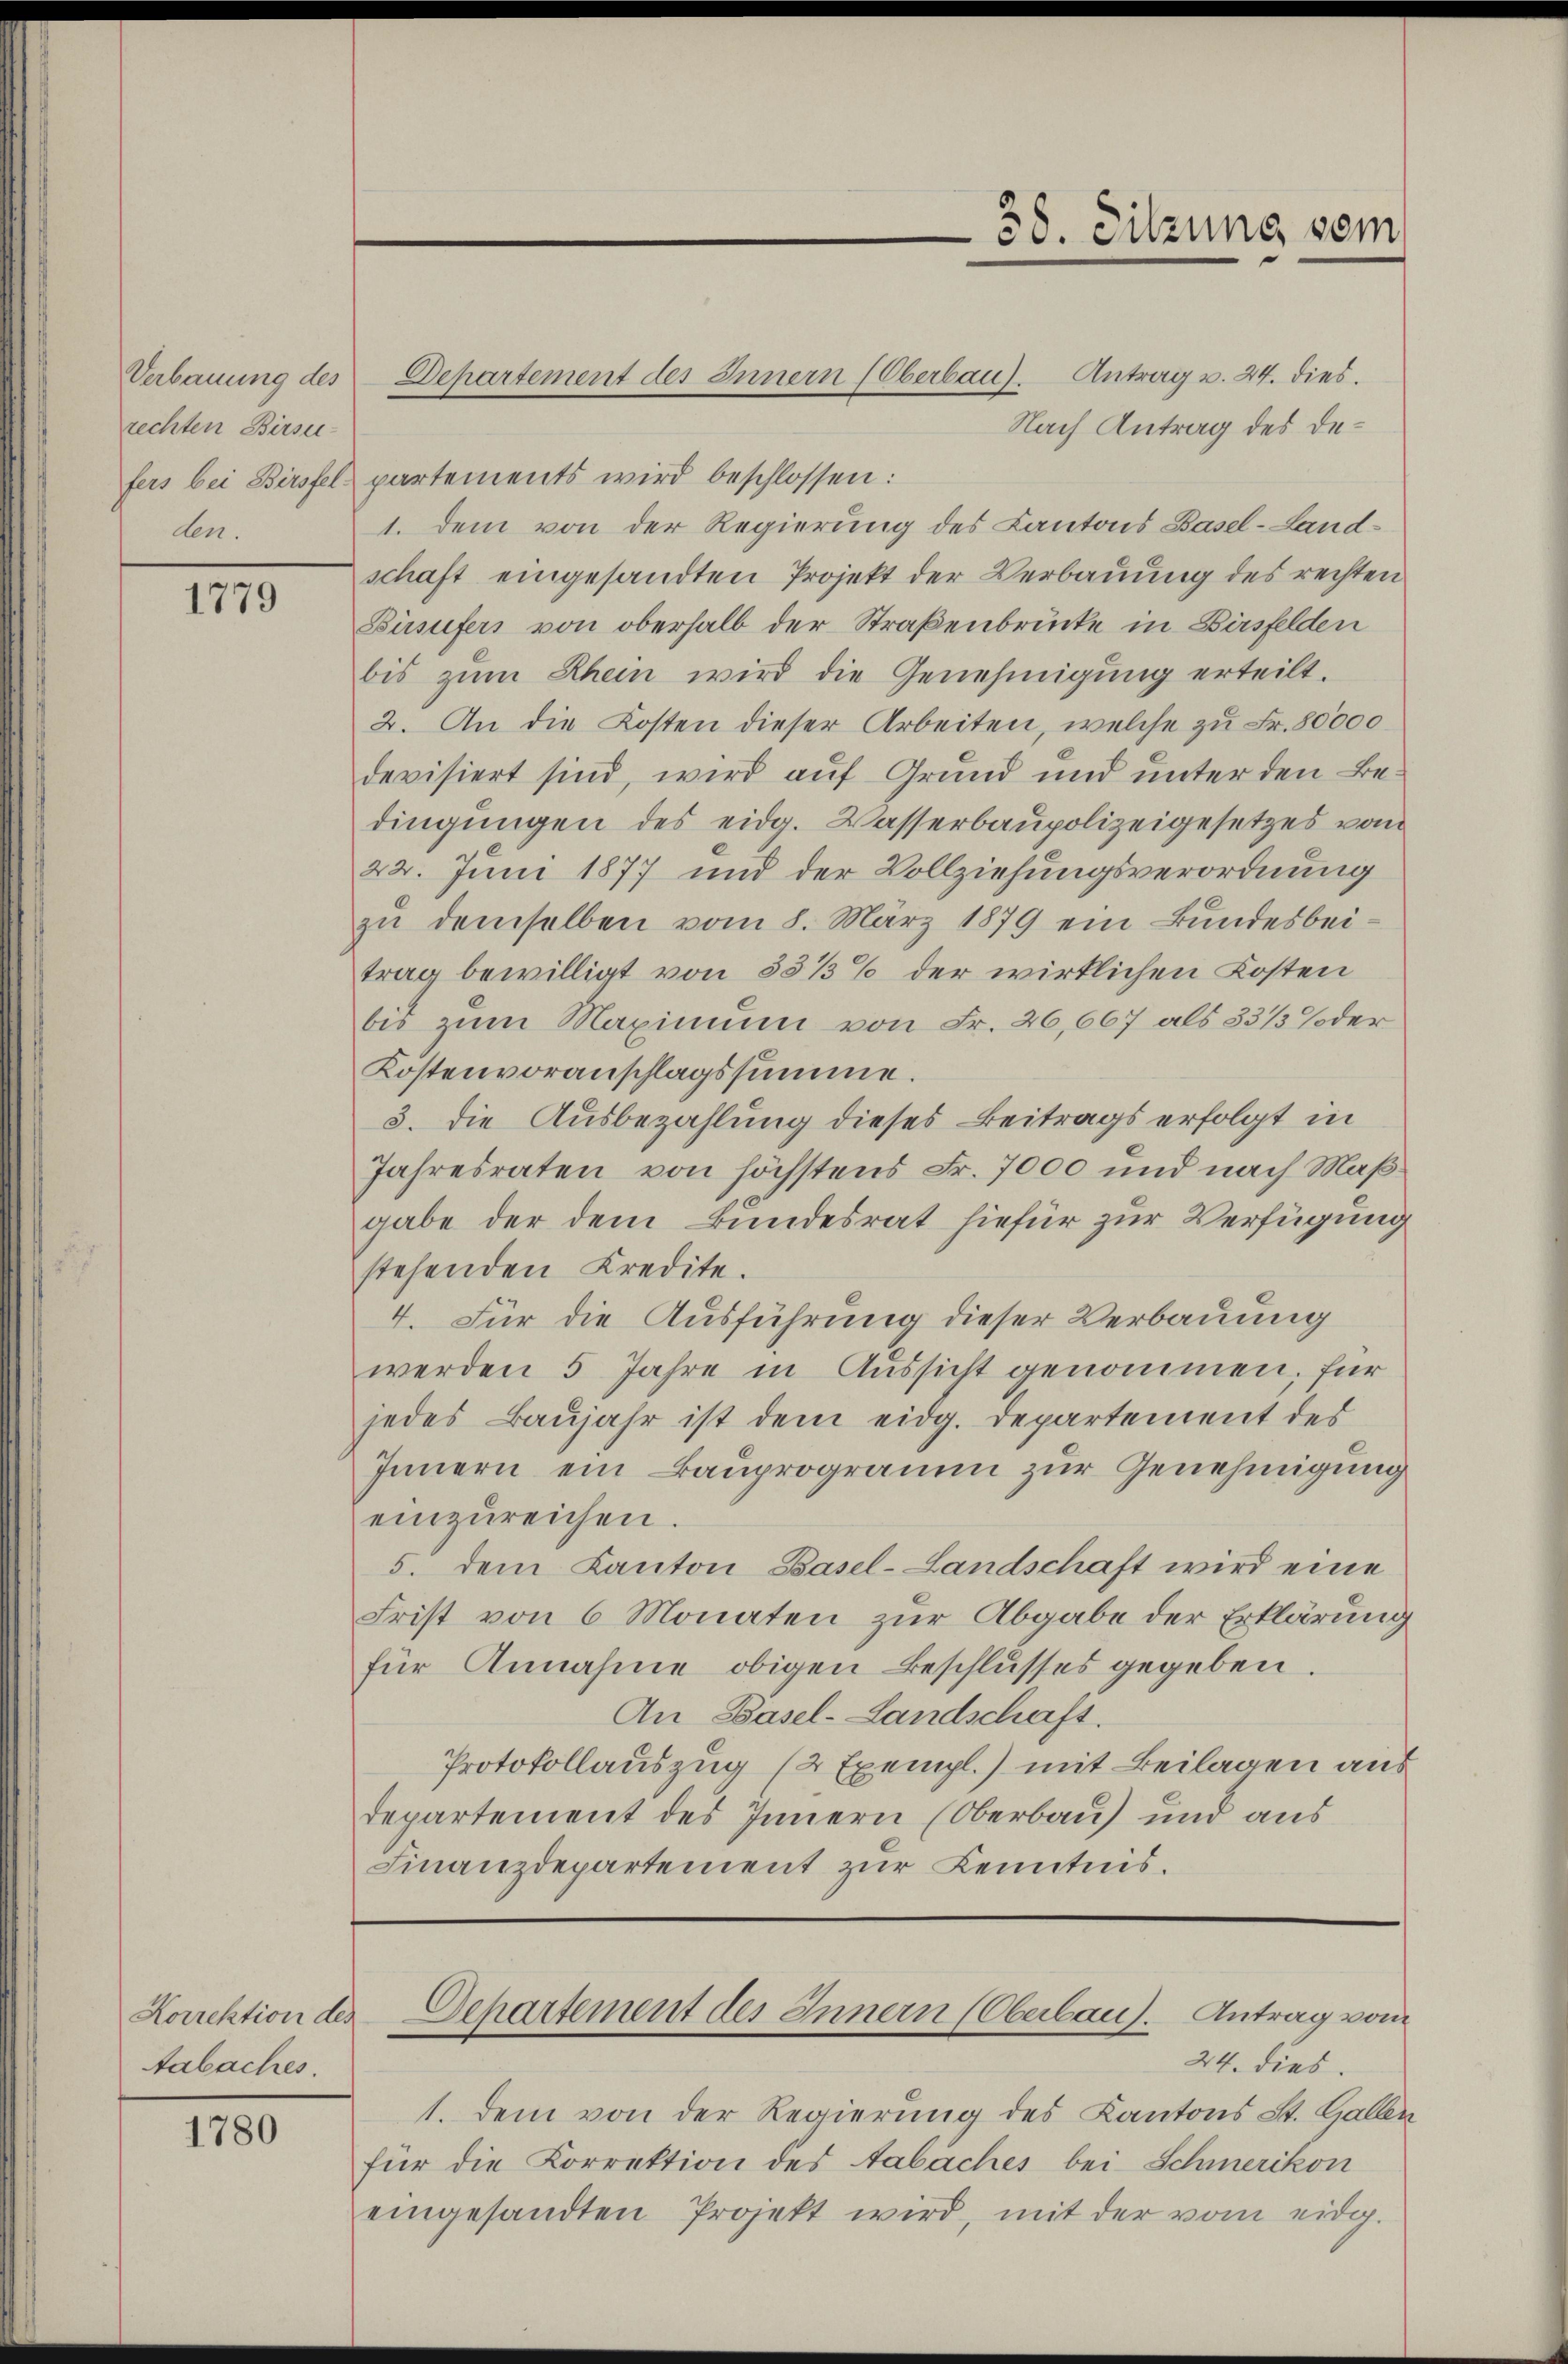
Verbauung des
rechten Birse-
den.

1779

Korrektion des
Aabaches.

1780

38. Sitzung sein

Departement des Innern (Oberbau). Antrag v. 24. dies.
Nach Antrag des Defers bei Birsfel partements wird beschlossen:
1. Dem von der Regierung des Cantons Basel-Landschaft eingesandten Projekt der Verbauung des rechten
Büsufers von oberhalb der Straßenbrücke in Birsfelden
bis zŭm Rhein wird die Genehmigung erteilt.
2. An die Kosten dieser Arbeiten, welche zu Fr. 80000
devisiert sind, wird auf Grund und unter den Bedingungen des eidg. Wasserbaupolizeigesetzes vom
22. Juni 1877 und der Vollziehungsverordnung
zu demselben vom 8. März 1879 ein Bundesbeitrag bewilligt von 55 1/3% der wirklichen Kosten
bis zum Maximum von Fr. 26,667 als 33 1/3 der
Kostenvoranschlagssumme.
3. die Ausbezahlung dieses Beitrags erfolgt in
Jahresraten von höchstens Fr. 7000 und nach Maßgabe der dem Bundesrat hiefür zur Verfügung
stehenden Kredite.
4. Für die Ausführung dieser Verbauung
werden 5 Jahre in Aussicht genommen, für
jedes Baŭjahr ist dem eidg. Departement des
Innern ein Bauprogramm zur Genehmigung
einzŭreichen.
5. dem Kanton Basel-Landschaft wird eine
Frist von 6 Monaten zur Abgabe der Erklärung
für Annahme obigen Beschlusses gegeben.
An Basel-Landschaft.
Protokollauszug (2 Exempl.) mit Beilagen aus
departement des Innern (Oberbau) und aus
Finanzdepartement zur Kenntnis.

Departement des Innern (Oberbau). Antrag vom
24. dies

1. Dem von der Regierung des Kantons St. Gallen
für die Korrektion des Tabaches bei Schmerikon
eingesandten Projekt wird, mit der vom eidg.